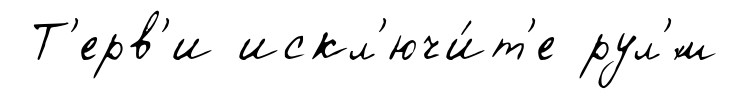
Т'ерв'и искл'ючи́т'е рул'́м